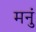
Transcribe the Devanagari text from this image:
मनुं